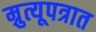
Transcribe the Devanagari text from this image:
म्रुत्यूपत्रात